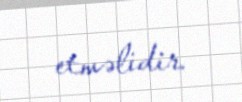
etməlidir.